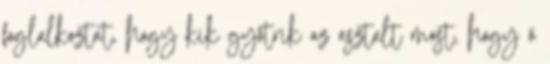
foglalkoztat, hogy kik gyötrik az asztalt most, hogy ő